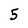
Character: 5